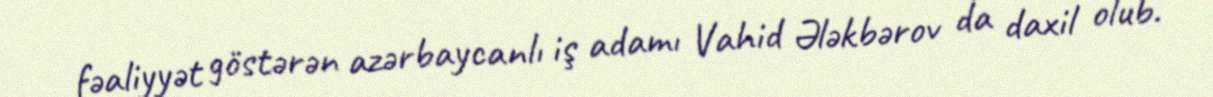
fəaliyyət göstərən azərbaycanlı iş adamı Vahid Ələkbərov da daxil olub.